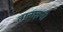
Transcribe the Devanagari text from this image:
तानाज़नी